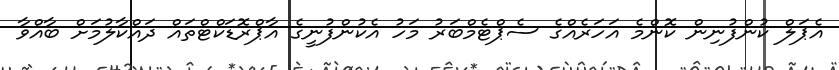
އެޕަލް ކުންފުނިން ކޮންމެ އަހަރެއްގެ ސެޕްޓެމްބަރު މަހު އެކުންފުނީގެ އާޕްރޮޑަކްޓްތައް ދައްކާލުމަށް ބާއްވާ